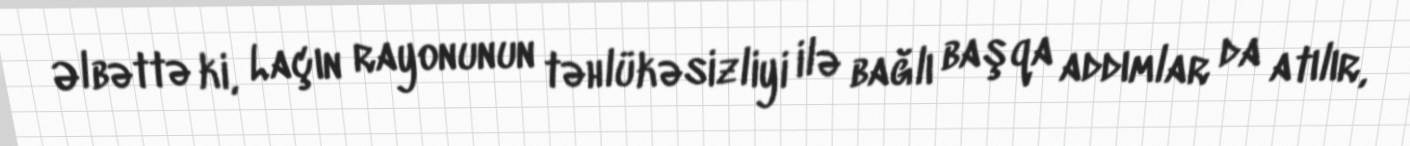
Əlbəttə ki, Laçın rayonunun təhlükəsizliyi ilə bağlı başqa addımlar da atılır,